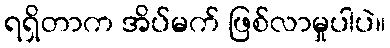
ရရှိတာက အိပ်မက် ဖြစ်လာမှုပါပဲ။